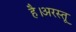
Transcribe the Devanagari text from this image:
है।अरस्तू